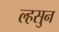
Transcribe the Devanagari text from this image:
ल्हसुन